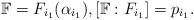
LaTeX: \begin{align*}\mathbb{F}= F_{i_1}(\alpha_{i_1}), [\mathbb{F} : F_{i_1}]=p_{i_1}. \end{align*}